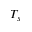
T _ { s }